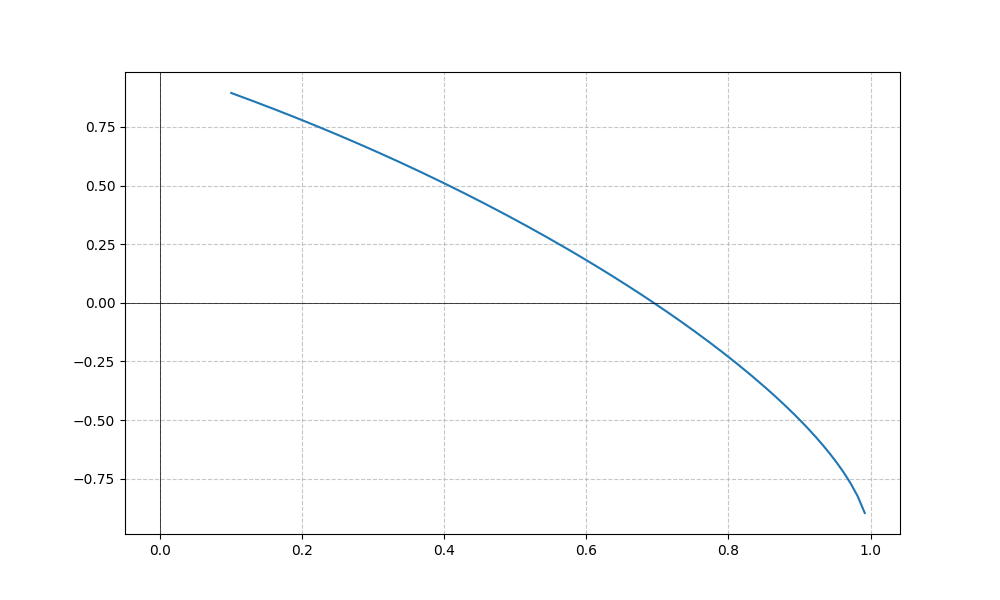
LaTeX formula: \cos{\left(x \right)} - \operatorname{asin}{\left(x \right)}